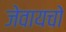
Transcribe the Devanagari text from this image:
जेवायचो